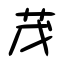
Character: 茂